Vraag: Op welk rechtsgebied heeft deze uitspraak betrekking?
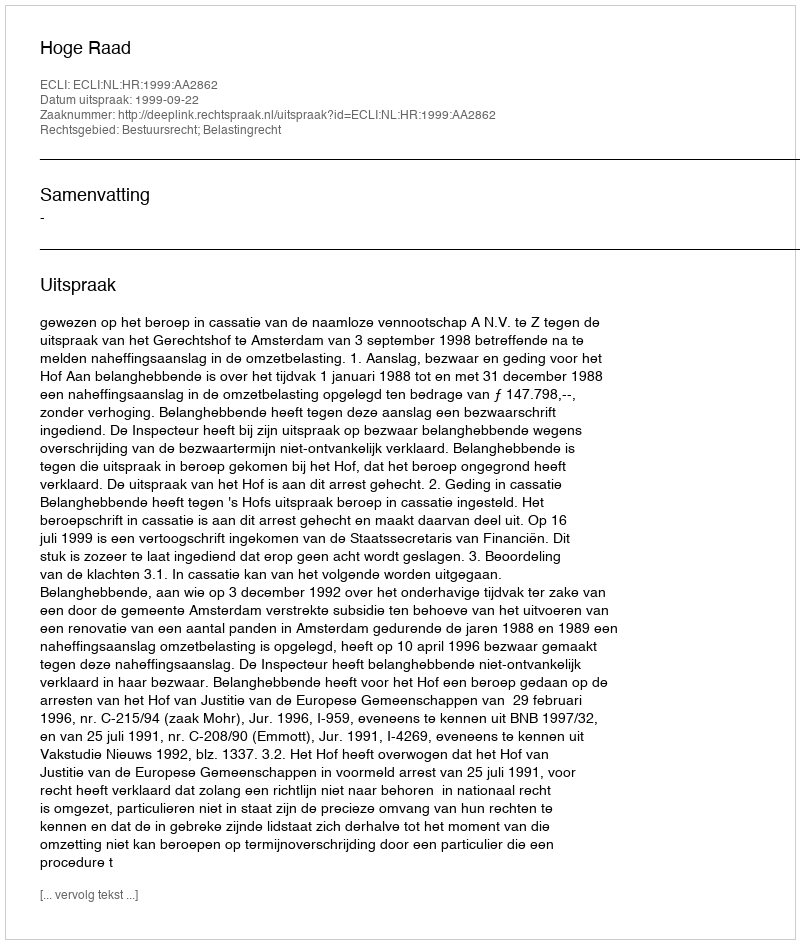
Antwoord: Bestuursrecht; Belastingrecht